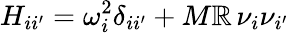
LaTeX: H_{ii^{\prime}}=\omega_{i}^{2}\delta_{ii^{\prime}}+M\mathbb{R}\, \nu_{i}\nu_{i^{\prime}}